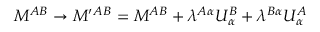
M ^ { A B } \to M ^ { \prime } { } ^ { A B } = M ^ { A B } + \lambda ^ { A \alpha } U _ { \alpha } ^ { B } + \lambda ^ { B \alpha } U _ { \alpha } ^ { A }